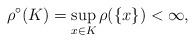
LaTeX: \begin{align*}{ \rho^{\circ}(K) } = { \sup_{x \in K} \rho(\{ x \}) } < { \infty },\end{align*}